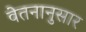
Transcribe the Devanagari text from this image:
वेतनानुसार